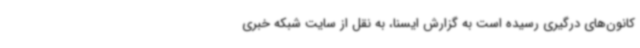
کانون‌های درگیری رسیده است به گزارش ایسنا، به نقل از سایت شبکه خبری